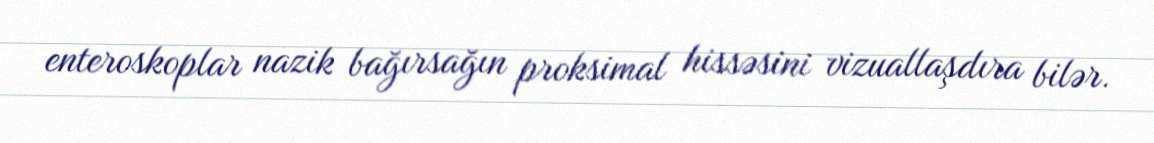
enteroskoplar nazik bağırsağın proksimal hissəsini vizuallaşdıra bilər.